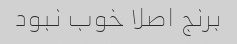
برنج اصلا خوب نبود